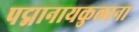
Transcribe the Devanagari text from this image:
पद्मानायकुलाना